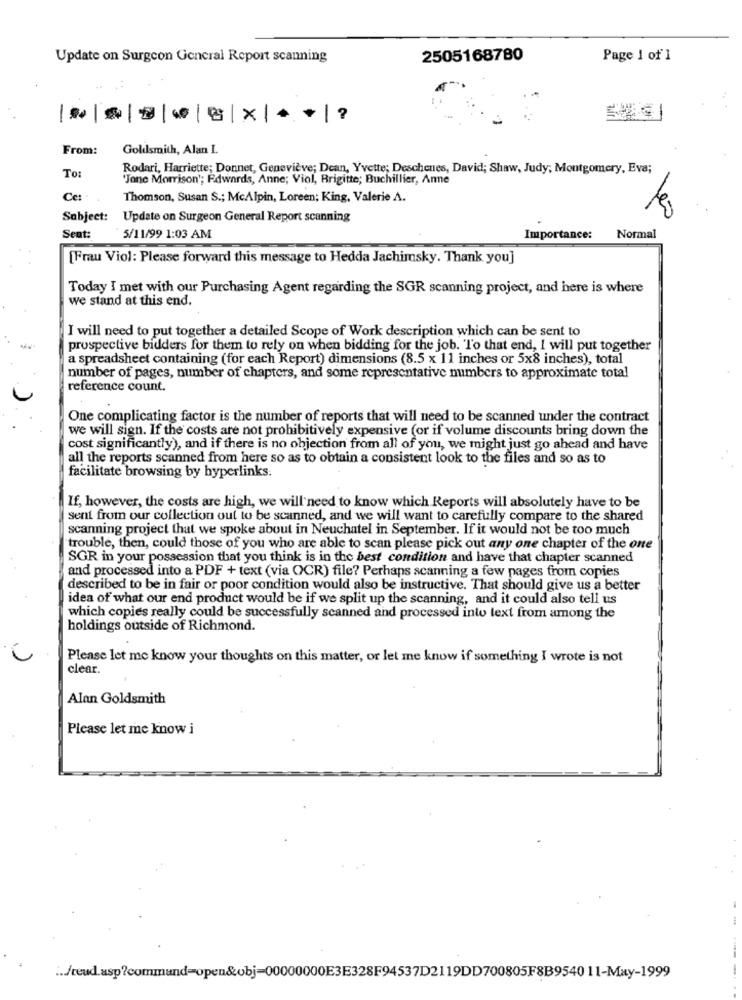
Update on Surgeon General Report scanning
2505168780
Page 1 of 1
|||x||?
From:
Goldsmith, Alan I.
Rodari, Harriette; Donnet, Geneviève; Dean, Yvette; Deschenes, David; Shaw, Judy; Montgomery, Eva;
To:
"Jone Morrison'; Edwards, Anne; Viol, Brigitte; Buchillier, Anne
Cet
Thomson, Susan S .; McAlpin, Loreen; King, Valerie A.
Subject: Update on Surgeon General Report scanning
Sent:
5/11/99 1:03 AM
Importance:
Normal
[Frau Viol: Please forward this message to Hedda Jachimsky. Thank you]
Today I met with our Purchasing Agent regarding the SGR scanning project, and here is where
we stand at this end.
I will need to put together a detailed Scope of Work description which can be sent to
prospective bidders for them to rely on when bidding for the job. To that end, I will put together
a spreadsheet containing (for each Report) dimensions (8.5 x 11 inches or 5x8 inches), total
number of pages, number of chapters, and some representative numbers to approximate total
reference count.
One complicating factor is the number of reports that will need to be scanned under the contract
we will sign. If the costs are not prohibitively expensive (or if volume discounts bring down the
cost significantly), and if there is no objection from all of you, we might just go ahead and have
all the reports scanned from here so as to obtain a consistent look to the files and so as to
facilitate browsing by hyperlinks.
If, however, the costs are high, we will need to know which Reports will absolutely have to be
sent from our collection out to be scanned, and we will want to carefully compare to the shared
scanning project that we spoke about in Neuchatel in September. If it would not be too much
trouble, then, could those of you who are able to scan please pick out any one chapter of the one
SGR in your possession that you think is in the best condition and have that chapter scanned
and processed into a PDF + text (via OCR) file? Perhaps scanning a few pages from copies
described to be in fair or poor condition would also be instructive. That should give us a better
idea of what our end product would be if we split up the scanning, and it could also tell us
which copies really could be successfully scanned and processed into text from among the
holdings outside of Richmond.
Please let me know your thoughts on this matter, or let me know if something I wrote is not
clear.
Alan Goldsmith
Please let me know i
-
... /teud.asp?command=open&obj-00000000E3E328F94537D2119DD700805F8B9540 11-May-1999